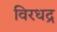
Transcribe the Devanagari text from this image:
विरधद्र